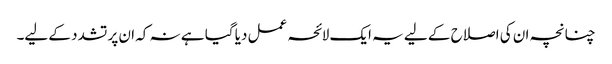
چنانچہ ان کی اصلاح کے لیے یہ ایک لائحہ عمل دیا گیا ہے نہ کہ ان پر تشدد کے لیے۔